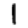
Digit: 1